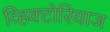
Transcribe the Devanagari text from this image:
व्हिक्टोरियाज